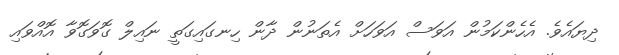
ދިޔައެވެ. އެހެންކަމުން އަވަސް އަވަހަށް އެތަނުން ދާން ހިނގައިގަތީ ނައިލް ގޮވަގޮވާ އޮއްވައި